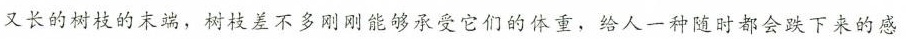
又长的树枝的末端，树枝差不多刚刚能够承受它们的体重，给人一种随时都会跌下来的感